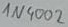
Text: 1N4002